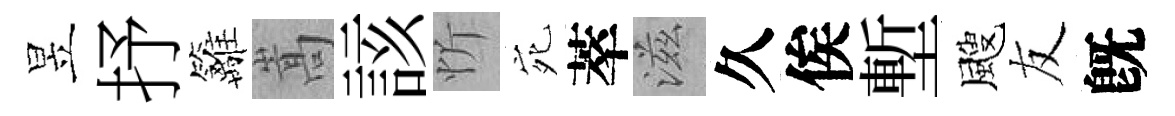
昱抒籬嵩該忻宛萃滋久俟塹颼友旣